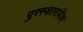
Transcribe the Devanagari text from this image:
पुरस्कारांपेक्षा